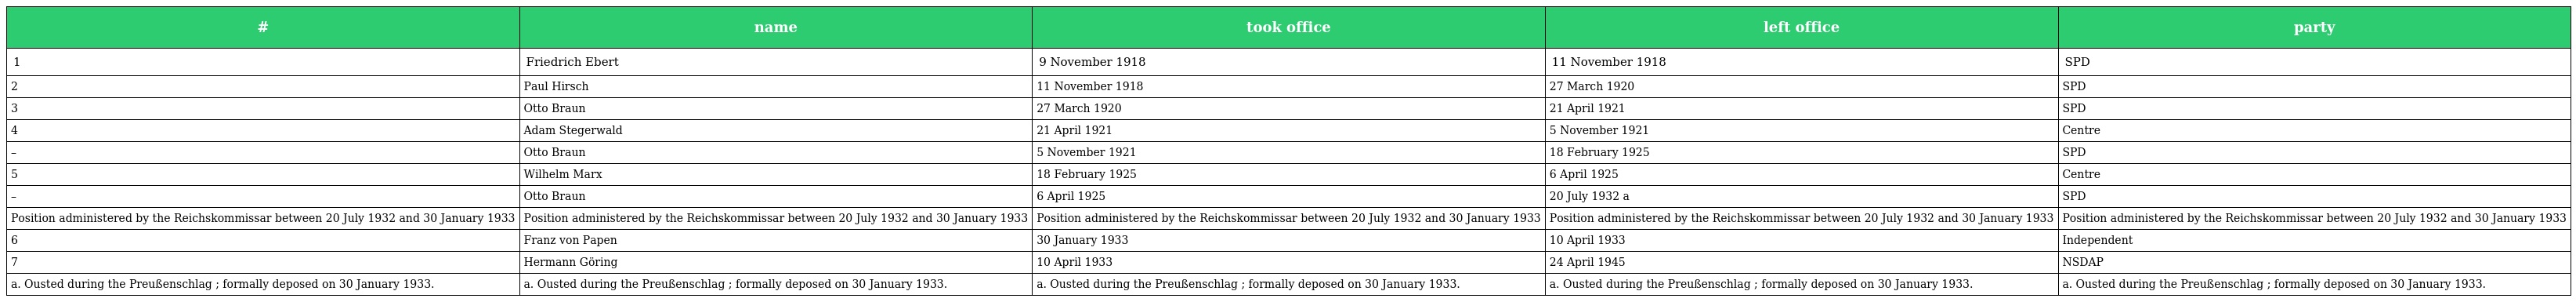
| # | name | took office | left office | party |
 | --- | --- | --- | --- | --- |
 | 1 | Friedrich Ebert | 9 November 1918 | 11 November 1918 | SPD |
 | 2 | Paul Hirsch | 11 November 1918 | 27 March 1920 | SPD |
 | 3 | Otto Braun | 27 March 1920 | 21 April 1921 | SPD |
 | 4 | Adam Stegerwald | 21 April 1921 | 5 November 1921 | Centre |
 | – | Otto Braun | 5 November 1921 | 18 February 1925 | SPD |
 | 5 | Wilhelm Marx | 18 February 1925 | 6 April 1925 | Centre |
 | – | Otto Braun | 6 April 1925 | 20 July 1932 a | SPD |
 | Position administered by the Reichskommissar between 20 July 1932 and 30 January 1933 | Position administered by the Reichskommissar between 20 July 1932 and 30 January 1933 | Position administered by the Reichskommissar between 20 July 1932 and 30 January 1933 | Position administered by the Reichskommissar between 20 July 1932 and 30 January 1933 | Position administered by the Reichskommissar between 20 July 1932 and 30 January 1933 |
 | 6 | Franz von Papen | 30 January 1933 | 10 April 1933 | Independent |
 | 7 | Hermann Göring | 10 April 1933 | 24 April 1945 | NSDAP |
 | a. Ousted during the Preußenschlag ; formally deposed on 30 January 1933. | a. Ousted during the Preußenschlag ; formally deposed on 30 January 1933. | a. Ousted during the Preußenschlag ; formally deposed on 30 January 1933. | a. Ousted during the Preußenschlag ; formally deposed on 30 January 1933. | a. Ousted during the Preußenschlag ; formally deposed on 30 January 1933. |